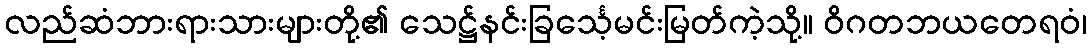
လည်ဆံဘားရားသားများတို့၏ သေဋ္ဌ်နင်းခြင်္သေ့မင်းမြတ်ကဲ့သို့။ ဝိဂတဘယတေရဝံ၊